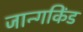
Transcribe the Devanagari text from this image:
जान्गकिंड